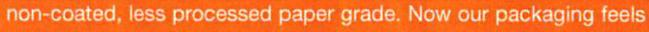
non-coated, less processed paper grade. Now our packaging feels